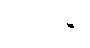
လင်ကွန်း